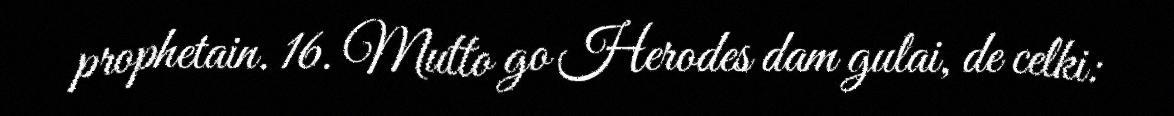
prophetain. 16. Mutto go Herodes dam gulai, de celki: